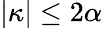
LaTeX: |\kappa|\leq 2\alpha